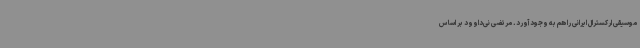
موسیقی ارکسترال ایرانی را هم به وجود آورد. مرتضی نی‌داوود بر اساس